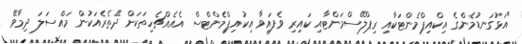
"އަޅުގަނޑުމެންގެ އިކްއިޕްމެންޓަކާއި ރިޕްލޭސްމަންޓާއި ކައިރި ވެފައިވާ އިކުއިޕްމެންޓްސް އެއެއްޗެހިތަކަށް ދޭތެރެއަކުން މައްސަލަ ދިމާވޭ